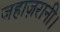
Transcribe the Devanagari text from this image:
जहाज़रानी।